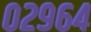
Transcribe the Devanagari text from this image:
०२९६४